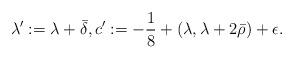
LaTeX: \begin{align*}\lambda':=\lambda+\bar\delta,c':=-\frac{1}{8}+(\lambda,\lambda+2\bar\rho)+\epsilon.\end{align*}